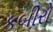
કબીરો